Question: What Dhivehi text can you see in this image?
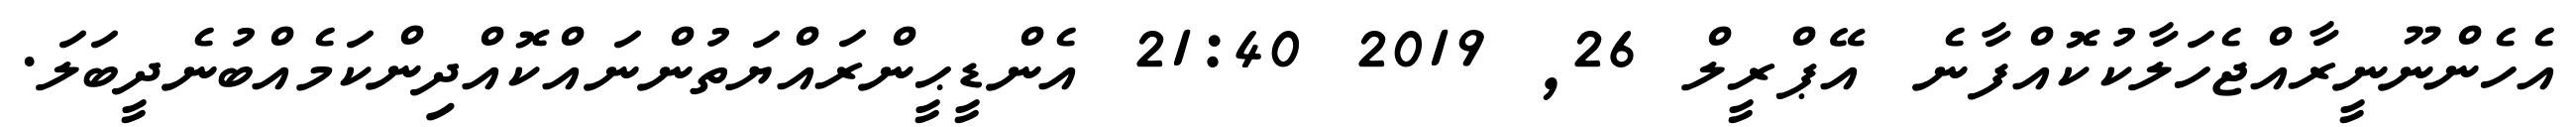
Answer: އެހެންނޫނީރާއްޖެހަލާކުކޮއްފާނެ އޭޕްރީލް 26, 2019 21:40 އެންޑީޙީންރައްޔަތުންނައްކޮއްދިންކަމެއްބުނެދީބަލަ.